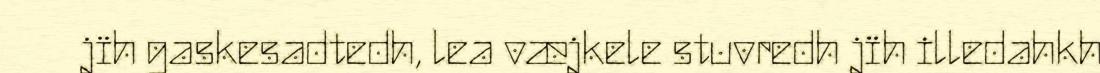
jïh gaskesadtedh, lea væjkele stuvredh jïh illedahkh